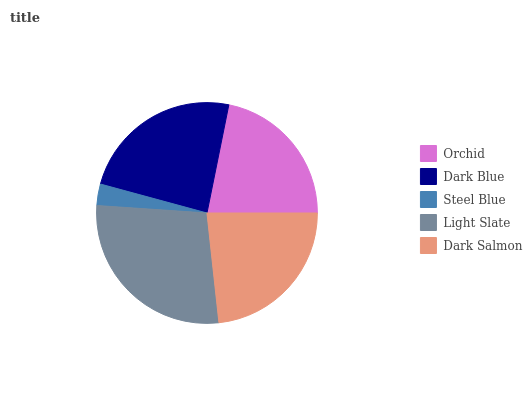
| Orchid | Dark Blue | Steel Blue | Light Slate | Dark Salmon |
 | --- | --- | --- | --- | --- |
 | 21.8% | 24% | 3.15% | 27.8% | 23.2% |